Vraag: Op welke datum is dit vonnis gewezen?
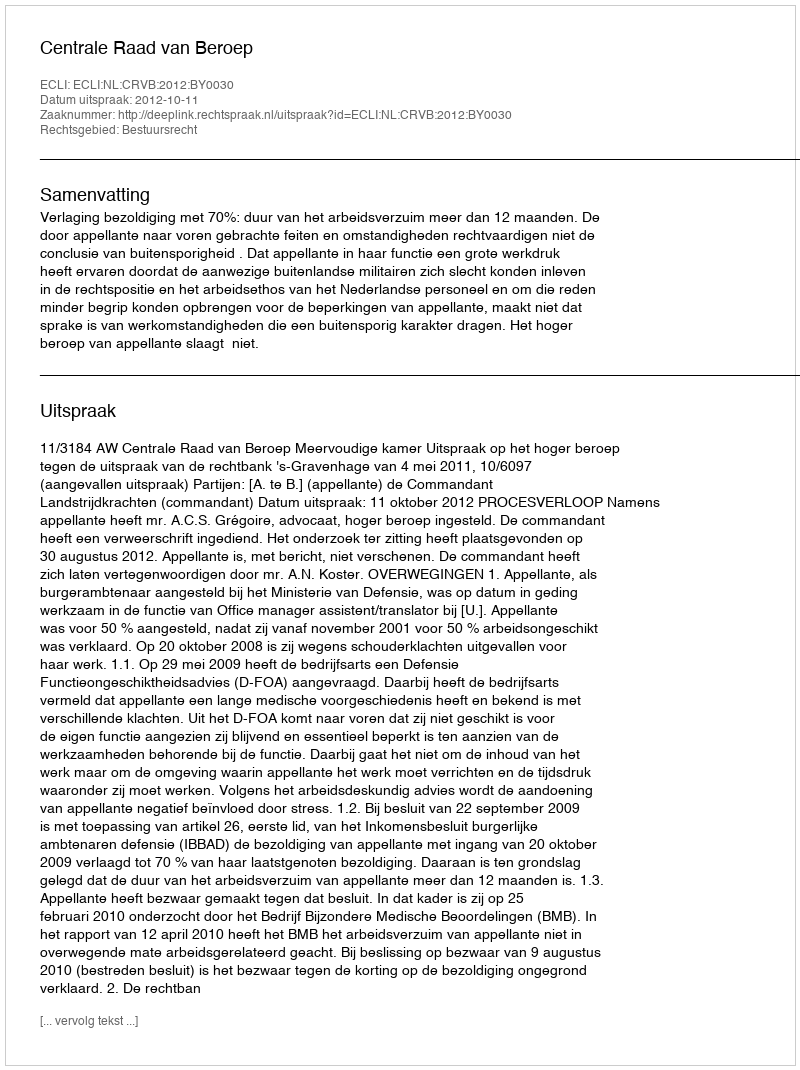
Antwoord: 2012-10-11